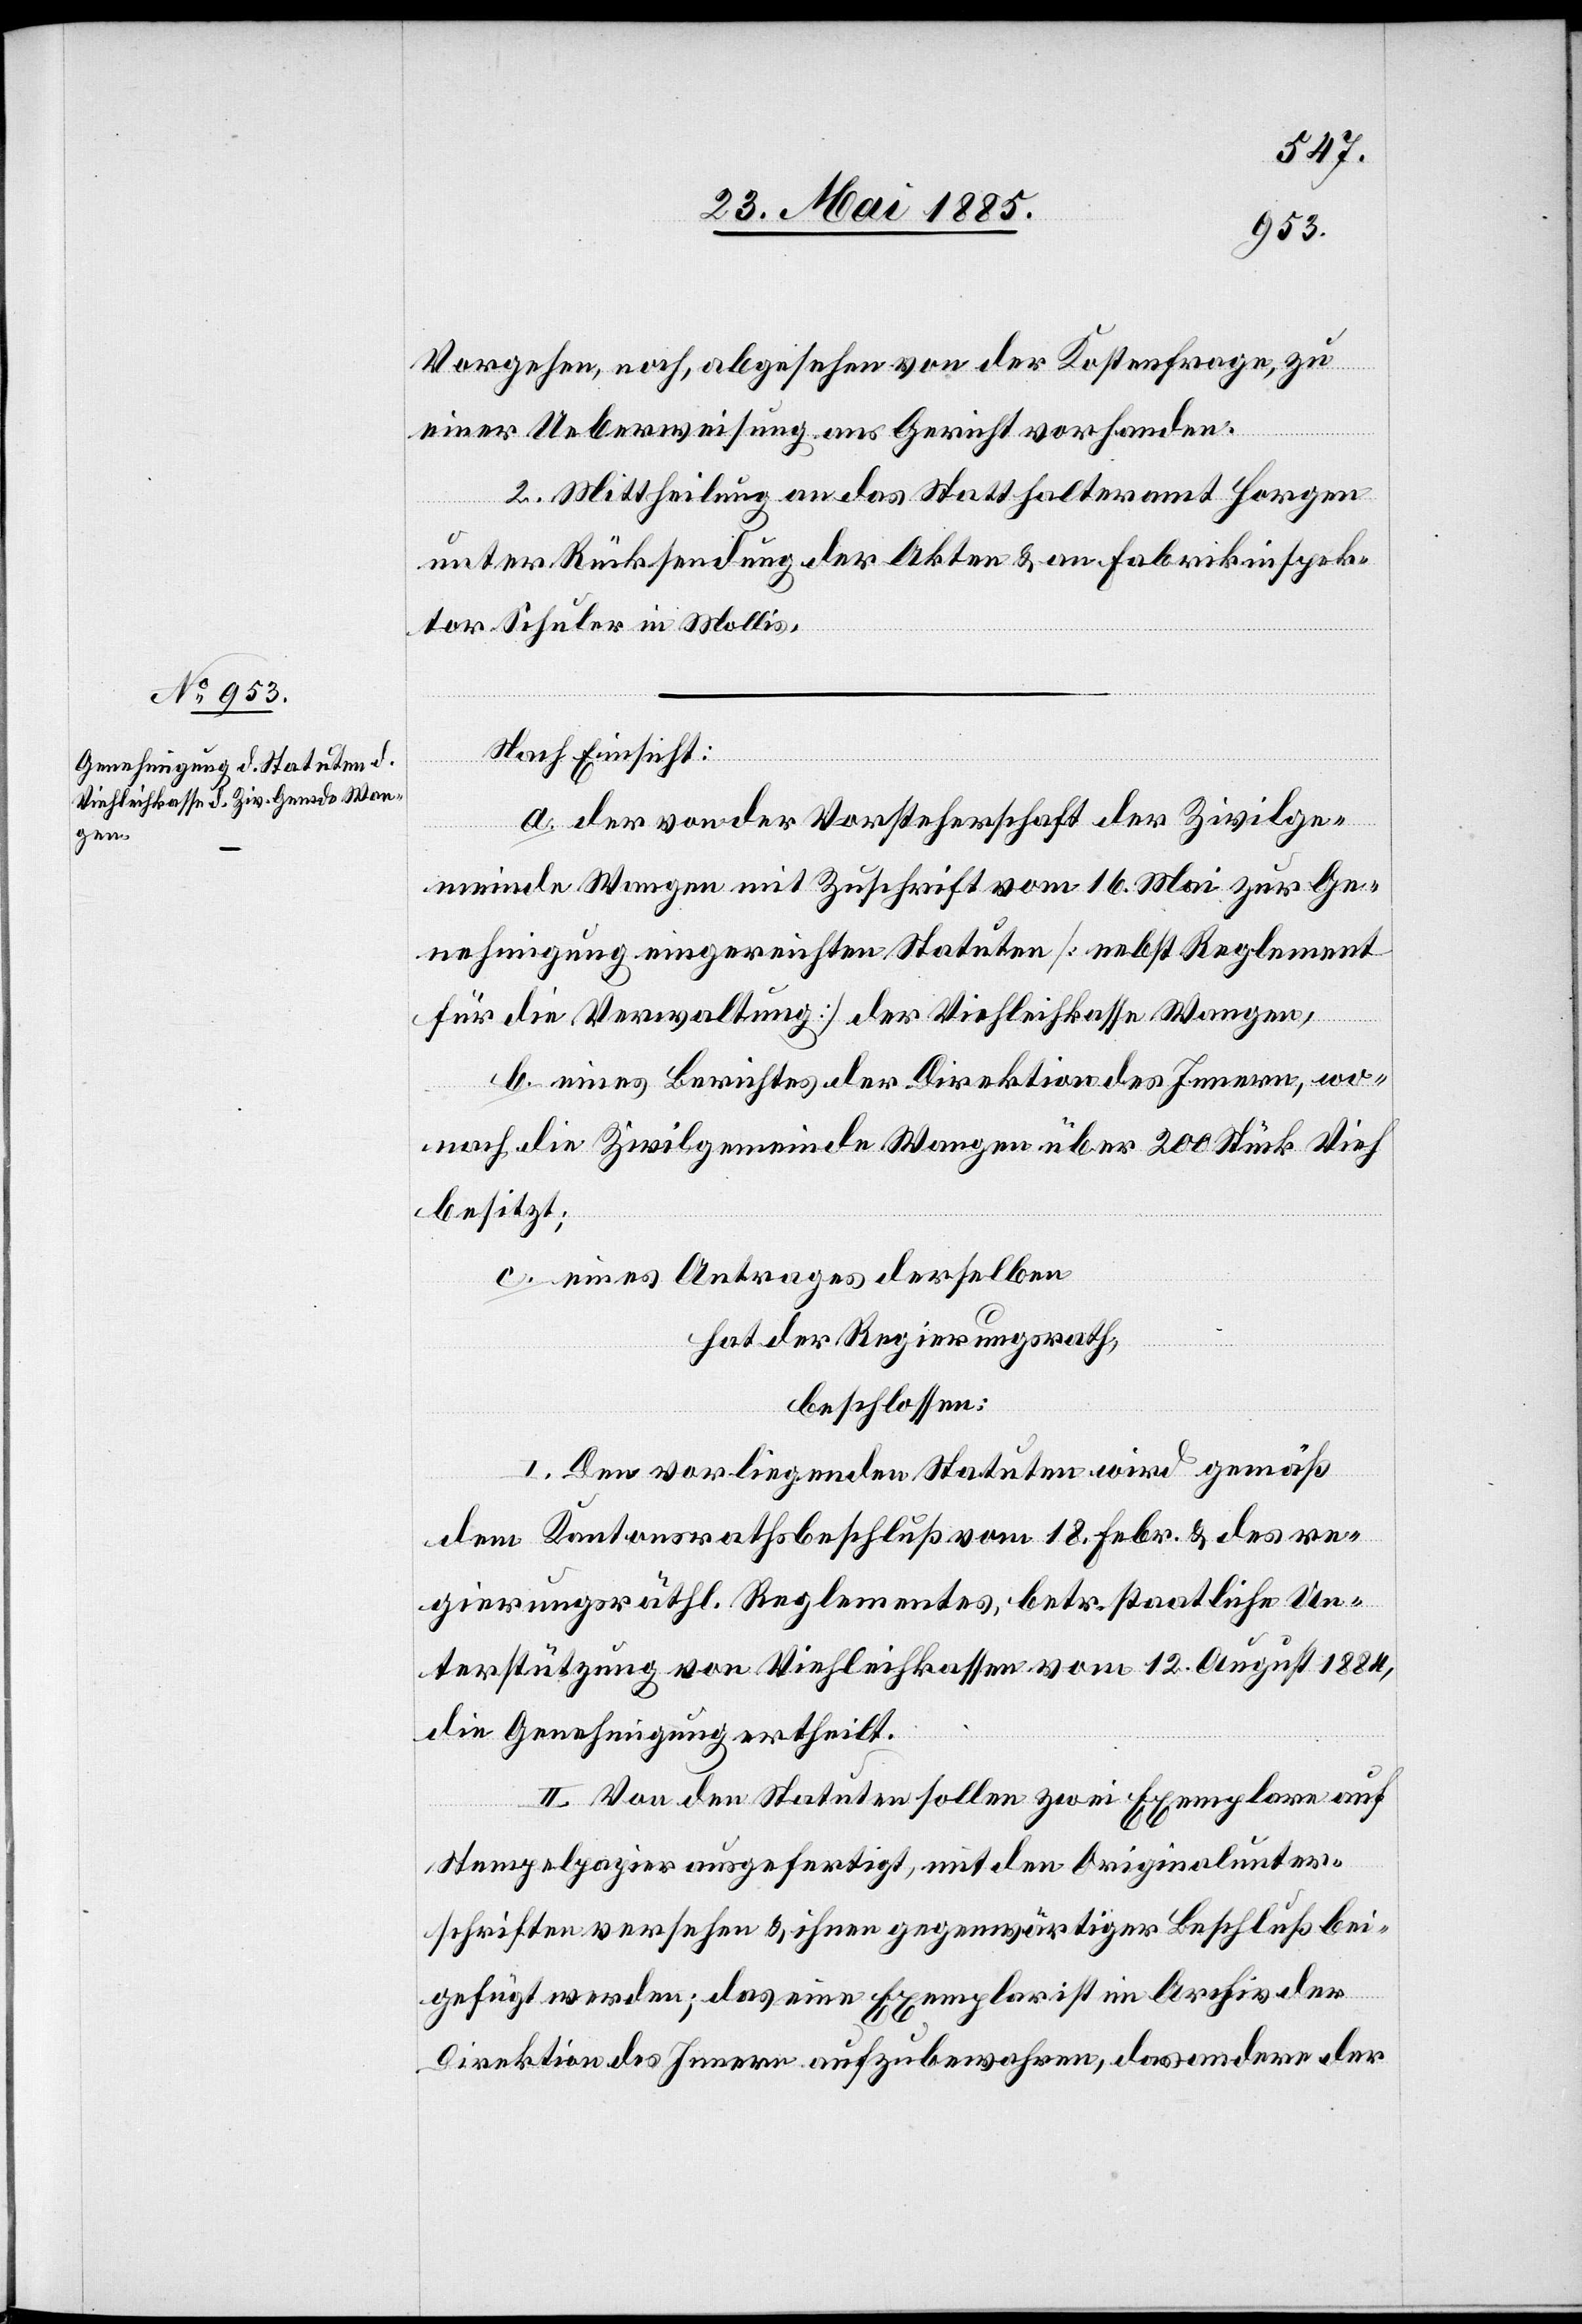
Vorgehen, noch, abgesehen von der Kostenfrage, zu
einer Ueberweisung ans Gericht vorhanden.
2. Mittheilung an das Statthalteramt Horgen
unter Rücksendung der Akten & an Fabrikinspek¬
tor Schuler in Mollis.
Nach Einsicht:
a. der von der Vorsteherschaft der Zivilge¬
meinde Wangen mit Zuschrift vom 16. Mai zur Ge¬
nehmigung eingereichten Statuten [nebst Reglement
für die Verwaltung] der Viehleihkasse Wangen,
b. eines Berichtes der Direktion des Innern, wo¬
nach die Zivilgemeinde Wangen über 200 Stück Vieh
besitzt;
c. eines Antrages derselben
hat der Regierungsrath
beschlossen:
I. Den vorliegenden Statuten wird gemäß
dem Kantonsrathsbeschluß vom 18. Febr. & des re¬
gierungsräthl. Reglementes, betr. staatliche Un¬
terstützung von Viehleihkassen vom 12. August 1884,
die Genehmigung ertheilt.
II. Von den Statuten sollen zwei Exemplare auf
Stempelpapier ausgefertigt, mit den Originalunter¬
schriften versehen & ihnen gegenwärtiger Beschluß bei¬
gefügt werden; das eine Exemplar ist im Archiv der
Direktion des Innern aufzubewahren, das andere der